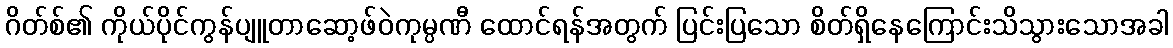
ဂိတ်စ်၏ ကိုယ်ပိုင်ကွန်ပျူတာဆော့ဖ်ဝဲကုမ္ပဏီ ထောင်ရန်အတွက် ပြင်းပြသော စိတ်ရှိနေကြောင်းသိသွားသောအခါ